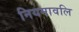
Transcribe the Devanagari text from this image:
नियमावलि